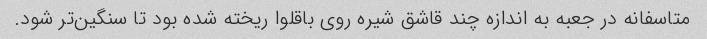
متاسفانه در جعبه به اندازه چند قاشق شیره روی باقلوا ریخته شده بود تا سنگین‌تر شود.